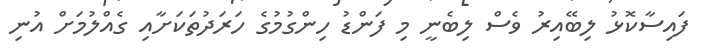
ފައިސާކޮޅު ލިބޭއިރު ވެސް ލިބެނީ މި ފަންޑު ހިންގުމުގެ ހަރަދުތަކަށާއި ގެއްލުމަށް އުނި